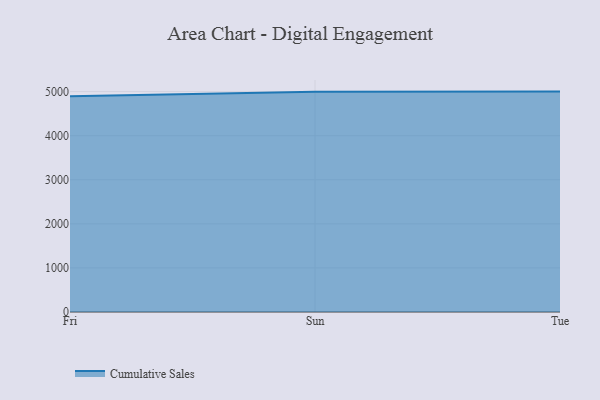
{"axis": {"x": "Day", "y": "Market Share (%)"}, "legend": ["Cumulative Sales"], "data": [{"x": "Fri", "y": 4895.0, "type": "Cumulative Sales"}, {"x": "Sun", "y": 4998.9, "type": "Cumulative Sales"}, {"x": "Tue", "y": 5000, "type": "Cumulative Sales"}]}